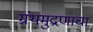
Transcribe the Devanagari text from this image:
ग्रंथमुद्रणाचा